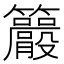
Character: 𥸇